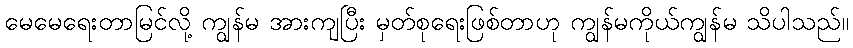
မေမေရေးတာမြင်လို့ ကျွန်မ အားကျပြီး မှတ်စုရေးဖြစ်တာဟု ကျွန်မကိုယ်ကျွန်မ သိပါသည်။